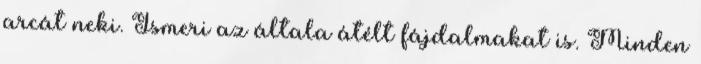
arcát neki. Ismeri az általa átélt fájdalmakat is. Minden